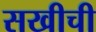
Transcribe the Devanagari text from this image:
सखीची